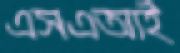
এসএআই